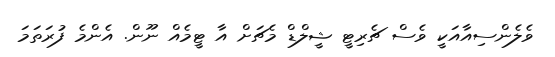
ވެލެންސިއާއަކީ ވެސް ޗެރިޓީ ޝީލްޑް މެޗަށް އާ ޓީމެއް ނޫން. އެންމެ ފުރަތަމަ